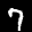
Label: 7